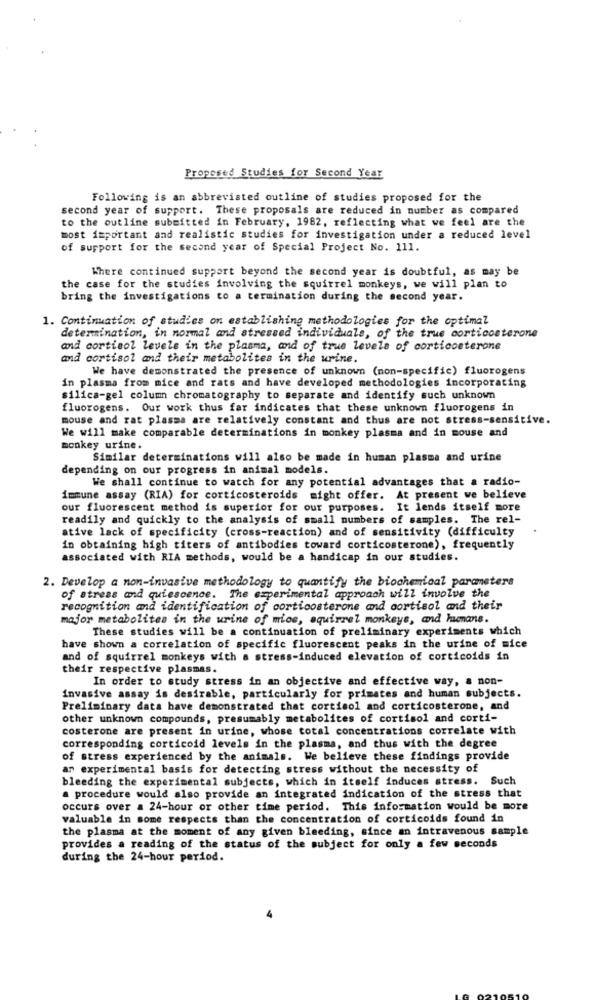
Proposed Studies for Second Year
Following is an abbreviated outline of studies proposed for the
second year of support. These proposals are reduced in number as compared
to the outline submitted in February, 1982, reflecting what we feel are the
most important and realistic studies for investigation under a reduced level
of support for the second year of Special Project No. 111.
Where continued support beyond the second year is doubtful, as may be
the case for the studies involving the squirrel monkeys, we will plan to
bring the investigations to a termination during the second year.
1. Continuation of studies on establishing methodologies for the optimal
determination, in normal and stressed individuals, of the true corticosterone
and cortisol levels in the plasma, and of true levels of corticosterone
and cortisol and their metabolites in the urine.
We have demonstrated the presence of unknown (non-specific) fluorogens
in plasma from mice and rats and have developed methodologies incorporating
silica-gel column chromatography to separate and identify such unknown
fluorogens. Our work thus far indicates that these unknown fluorogens in
mouse and rat plasma are relatively constant and thus are not stress-sensitive.
We will make comparable determinations in monkey plasma and in mouse and
monkey urine.
Similar determinations will also be made in human plasma and urine
depending on our progress in animal models.
We shall continue to watch for any potential advantages that a radio-
immune assay (RIA) for corticosteroids might offer. At present we believe
our fluorescent method is superior for our purposes. It lends itself more
readily and quickly to the analysis of small numbers of samples. The rel-
ative lack of specificity (cross-reaction) and of sensitivity (difficulty
in obtaining high titers of antibodies toward corticosterone), frequently
associated with RIA methods, would be a handicap in our studies.
2. Develop a non-invasive methodology to quantify the biochemical parameters
of stress and quiescence. The experimental approach will involve the
recognition and identification of corticosterone and cortisol and their
major metabolites in the urine of mios, squirrel monkeys, and humans.
These studies will be a continuation of preliminary experiments which
have shown a correlation of specific fluorescent peaks in the urine of mice
and of squirrel monkeys with a stress-induced elevation of corticoids in
their respective plasmas.
In order to study stress in an objective and effective way, a non-
invasive assay is desirable, particularly for primates and human subjects.
Preliminary data have demonstrated that cortisol and corticosterone, and
other unknown compounds, presumably metabolites of cortisol and corti-
costerone are present in urine, whose total concentrations correlate with
corresponding corticoid levels in the plasma, and thus with the degree
of stress experienced by the animals. We believe these findings provide
an experimental basis for detecting stress without the necessity of
bleeding the experimental subjects, which in itself induces stress. Such
a procedure would also provide an integrated indication of the stress that
occurs over a 24-hour or other time period. This information would be more
valuable in some respects than the concentration of corticoids found in
the plasma at the moment of any given bleeding, since an intravenous sample
provides a reading of the status of the subject for only a few seconds
during the 24-hour period.